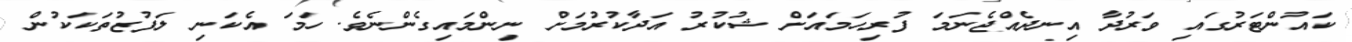
ކައުންޓަރުގައި ވަރުދާ އިނދެއްޖެނަމަ ފުރިހަމައަށް ޝުކުރު އަދާކުރުމަށް ނިންމައިގެންނެވެ. ހަމަ އެކަނި ލަފުޒުތަކަކުން